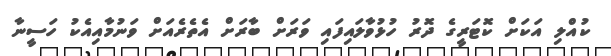
ކުއްލި އަކަށް ކޮޓަރީގެ ދޮރު ހުޅުވާލައިފައި ވަރަށް ބާރަށް އެތެރެއަށް ވަނުމާއިއެކު ހަސީނާ